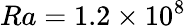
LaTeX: Ra=1.2\times 10^{8}